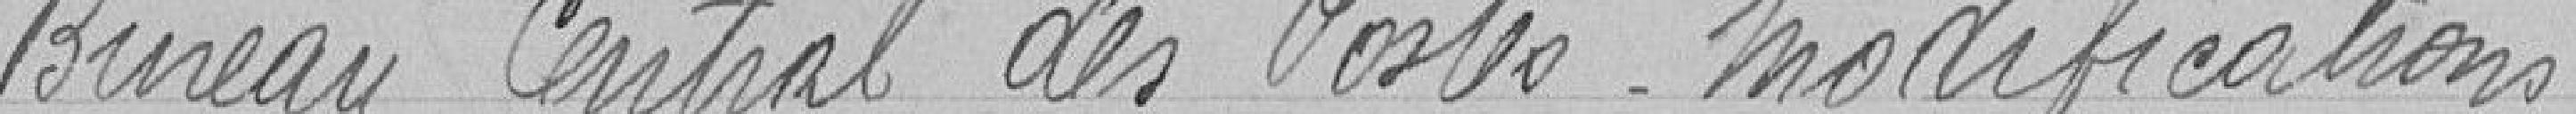
Bureau Central des Postes - modifications.